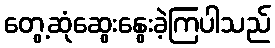
တွေ့ဆုံဆွေးနွေးခဲ့ကြပါသည်